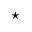
\star